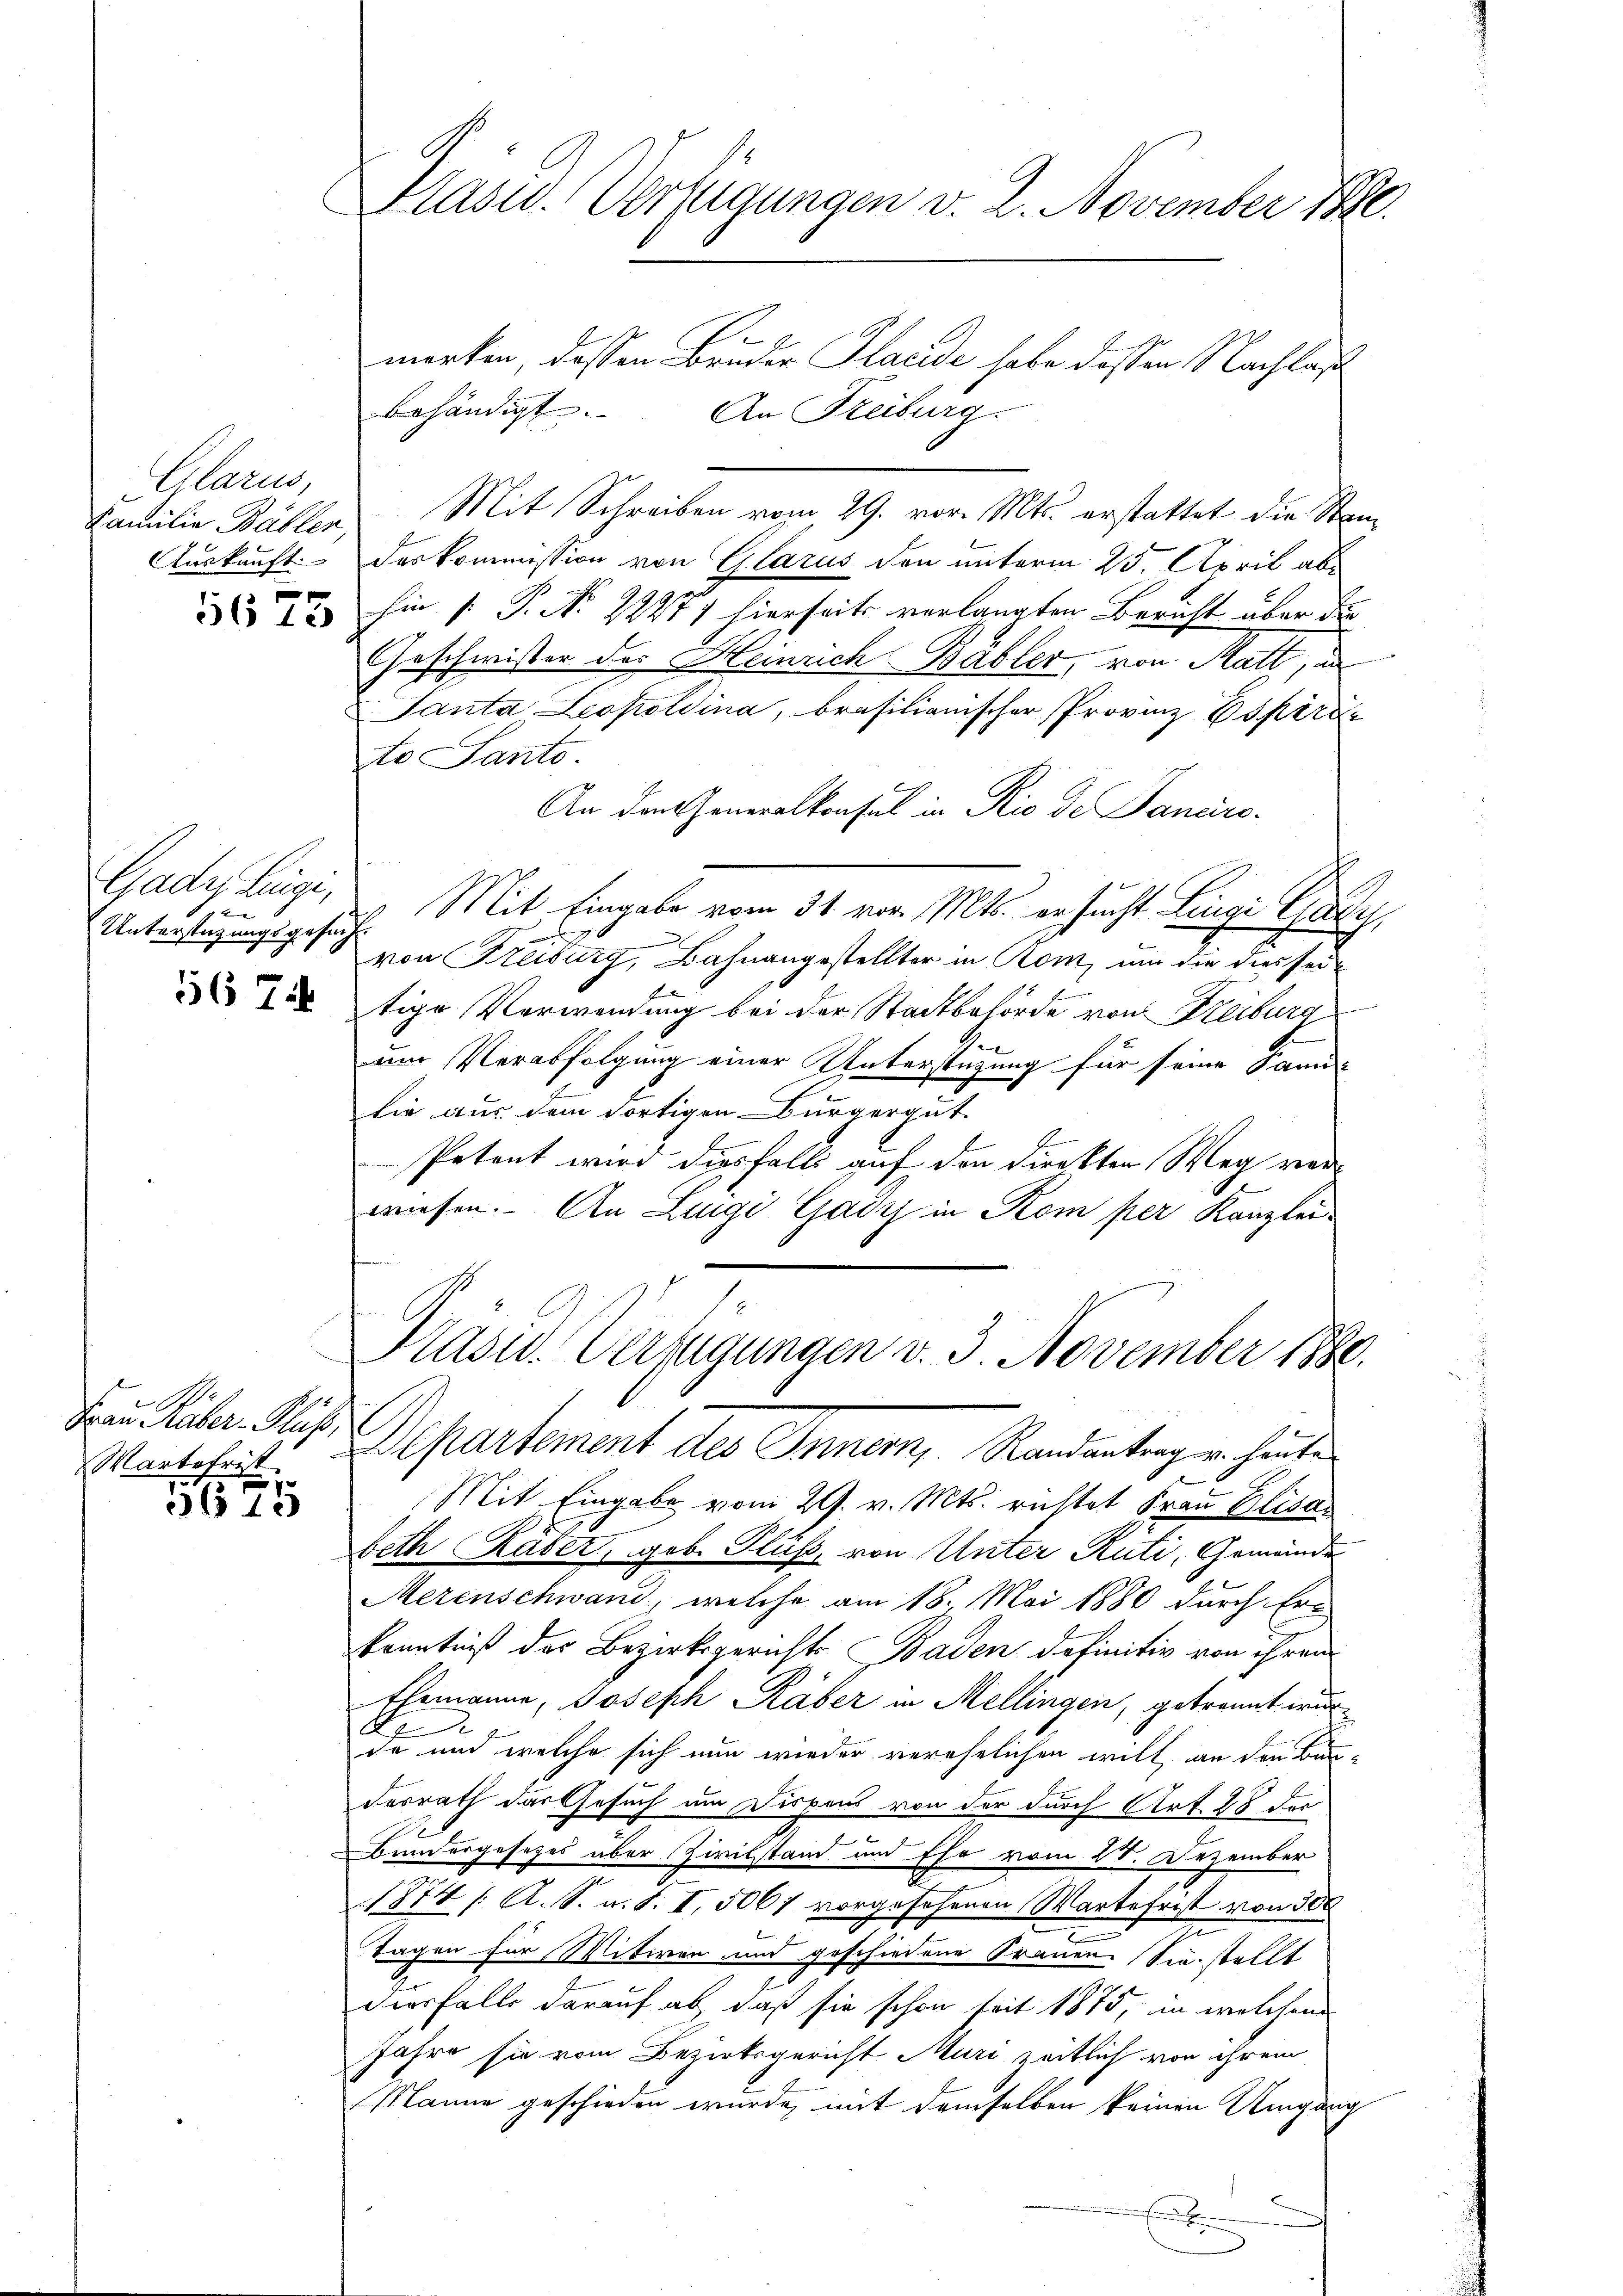
Plan,

1675

Gades Legi,
12
Unterstützungsgesuch.

merken, dassen Bruder Plaide habe dessen Nachlaß
behändigt. |
An Freiburg.
Familie Bäbler Mit Schreiben vom 29. vor. Mts. erstattet die Stan¬
Auskunft. Das kommission von Glarus den unterm 25. April abhin [ P. Nr. 22271 hierseits verlangten Bericht über die
Geschwister des Heinrich Bäbler, von Matt, un
Santa Leopoldina, brasilianischer Provinz Espirie
to Santo
An den Generalkonsul in Rio de Janeiro¬
Mit Eingabe vom 31. vor. Mts. ersucht Lingi Gady
von Freiburg, Bahnangestellter in Rom, um die dies sei¬
2 tige Verwendung bei der Stadtbehörde von Freiburg
e
um Verabfolgung einer Unterstützung für seine Sani-
lie aus dem dortigen Bürgergut.
Petent wird diesfalls auf den direkten Weg verwiesen. An Lingi Gady in Kom per Kanzlei-
Grasw. Verfügungen v. 3. November 1880.
den über Hus Departement des Innern, Randantrag u. heute
Mit Eingabe vom 29. v. Mts. richtet Frau Elisabeth Kater, geb. Fluß, von Unter Rüti, Gemände
Merenschwand, welche am 18. Mai 1880 durch Ern
Kenntniß des Bezirksgerichts Baden definitiv von ihren
Ehemanne, Joseph Räber in Mellingen, getrannt wur¬
B
9
do und welche sich nun wieder verehelichen will an den Bedesrath das Gesuch um Dispens von der durch Art. 28 der
Bundergesetzes über Zivilstand und Ehe vom 20. Dezember
1874 /: A. S. u. S. I, 5061 vorgesehenen Wartefrist von 300
Tagen für Witwen und geschiedene Frauen Sie stellt
diesfalls darauf ab, daß sie schon seit 1875, in welchem
Jahre sie vom Bezirksgericht Muri zeitlich von ihrem
Manne geschieden wurde, mit demselben keinen Umgang

Martofrist
 f

3673

Kasw. Verfügungen v. 2. November 1890.